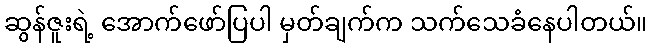
ဆွန်ဇူးရဲ့ အောက်ဖော်ပြပါ မှတ်ချက်က သက်သေခံနေပါတယ်။